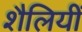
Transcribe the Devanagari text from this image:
शैलियीं